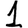
Digit: 1